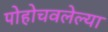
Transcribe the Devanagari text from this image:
पोहोचवलेल्या